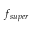
f _ { s u p e r }